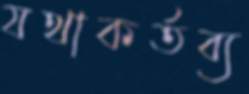
যথাকর্তব্য